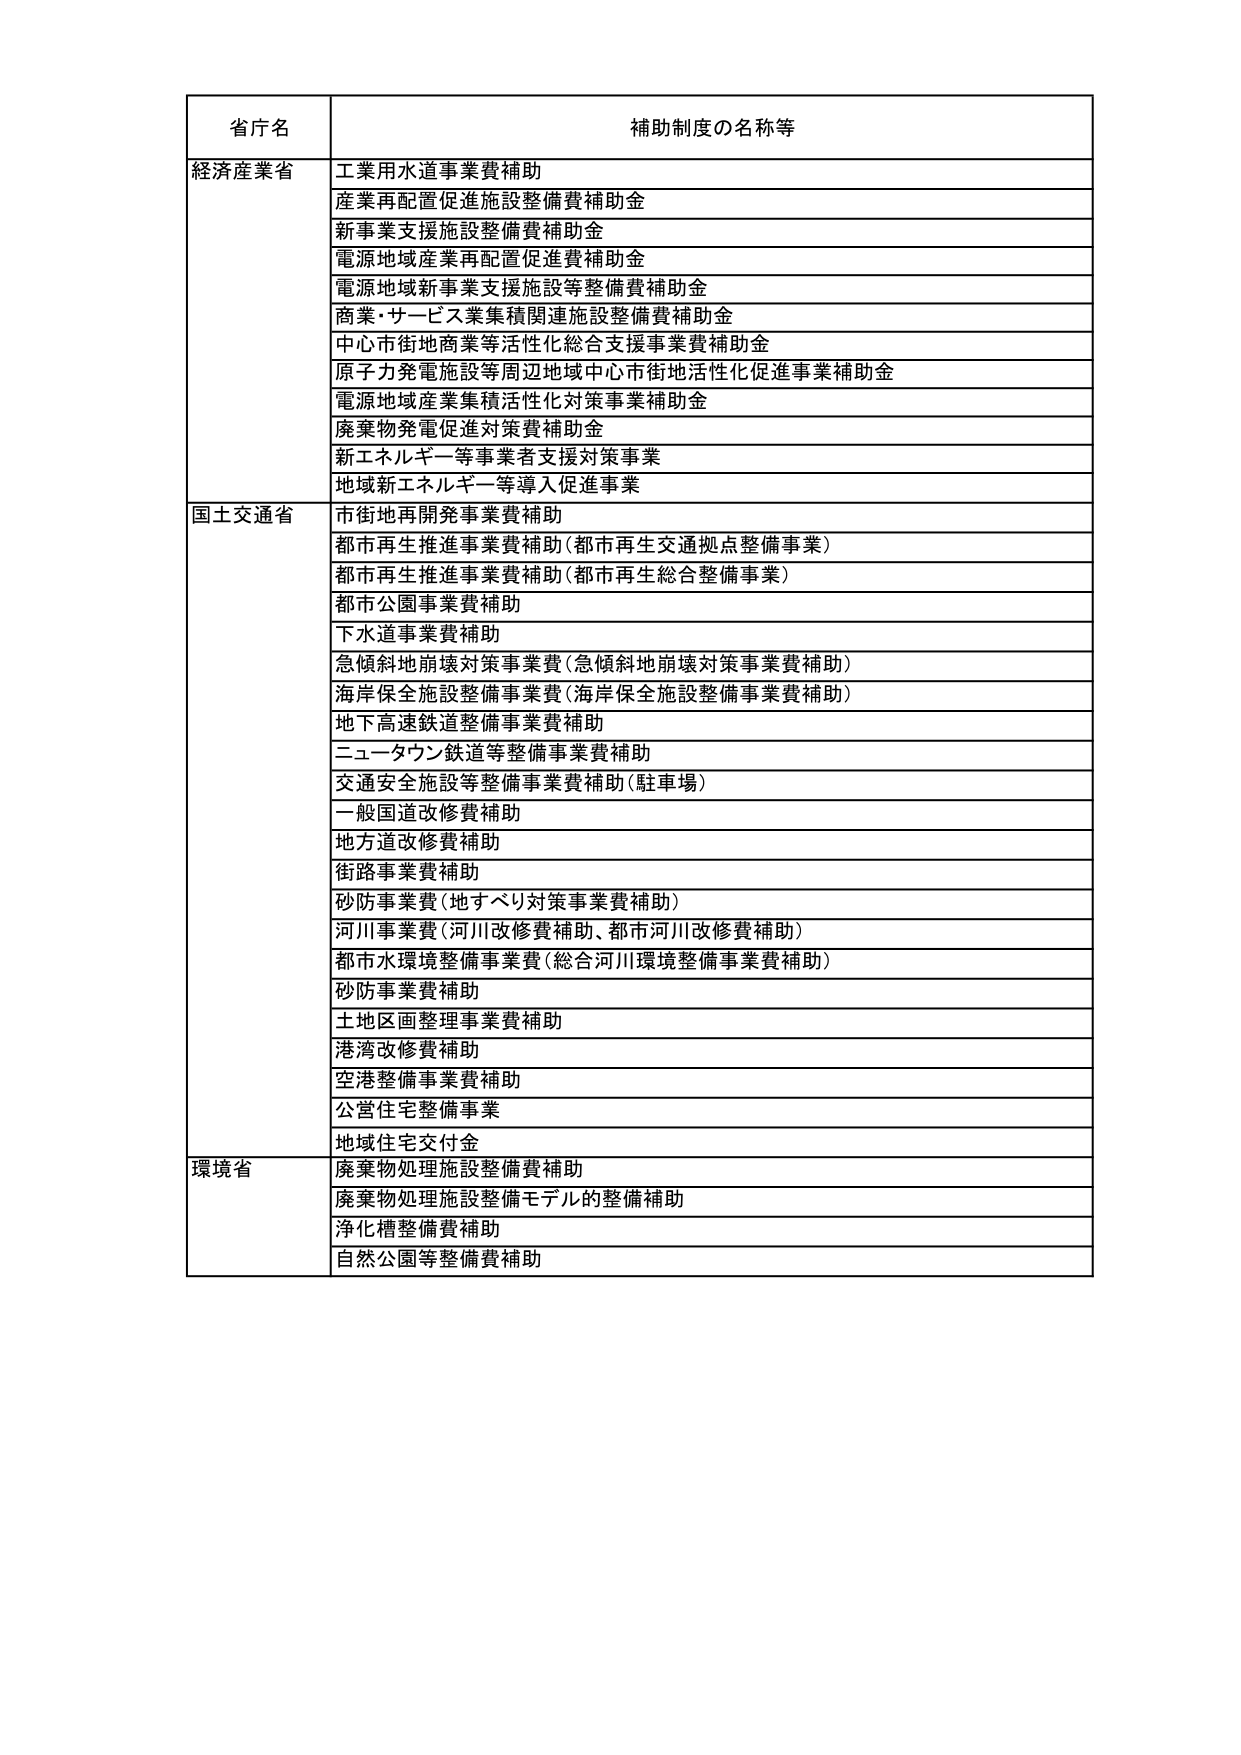
省庁名 補助制度の名称等
経済産業省 工業用水道事業費補助
産業再配置促進施設整備費補助金
新事業支援施設整備費補助金
電源地域産業再配置促進費補助金
電源地域新事業支援施設等整備費補助金
商業・サービス業集積関連施設整備費補助金
中心市街地商業等活性化総合支援事業費補助金
原子力発電施設等周辺地域中心市街地活性化促進事業補助金
電源地域産業集積活性化対策事業補助金
廃棄物発電促進対策費補助金
新エネルギー等事業者支援対策事業
地域新エネルギー等導入促進事業
国土交通省 市街地再開発事業費補助
都市再生推進事業費補助（都市再生交通拠点整備事業）
都市再生推進事業費補助（都市再生総合整備事業）
都市公園事業費補助
下水道事業費補助
急傾斜地崩壊対策事業費（急傾斜地崩壊対策事業費補助）
海岸保全施設整備事業費（海岸保全施設整備事業費補助）
地下高速鉄道整備事業費補助
ニュータウン鉄道等整備事業費補助
交通安全施設等整備事業費補助（駐車場）
一般国道改修費補助
地方道改修費補助
街路事業費補助
砂防事業費（地すべり対策事業費補助）
河川事業費（河川改修費補助、都市河川改修費補助）
都市水環境整備事業費（総合河川環境整備事業費補助）
砂防事業費補助
土地区画整理事業費補助
港湾改修費補助
空港整備事業費補助
公営住宅整備事業
地域住宅交付金
環境省 廃棄物処理施設整備費補助
廃棄物処理施設整備モデル的整備補助
浄化槽整備費補助
自然公園等整備費補助